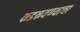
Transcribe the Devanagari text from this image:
फडकवण्याचा